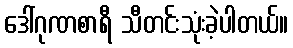
ဒေါ်ဂုဏစာရီ သီတင်းသုံးခဲ့ပါတယ်။